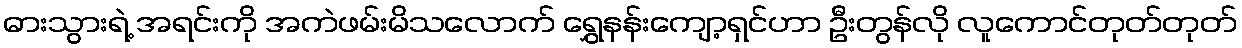
ဓားသွားရဲ့ အရင်းကို အကဲဖမ်းမိသလောက် ရွှေနန်းကျော့ရှင်ဟာ ဦးတွန်လို လူကောင်တုတ်တုတ်